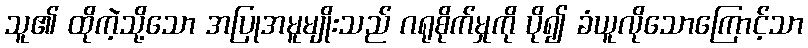
သူ၏ ထိုကဲ့သို့သော အပြုအမူမျိုးသည် ဂရုစိုက်မှုကို ပို၍ ခံယူလိုသောကြောင့်သာ